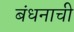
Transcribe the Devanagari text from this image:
बंधनाची